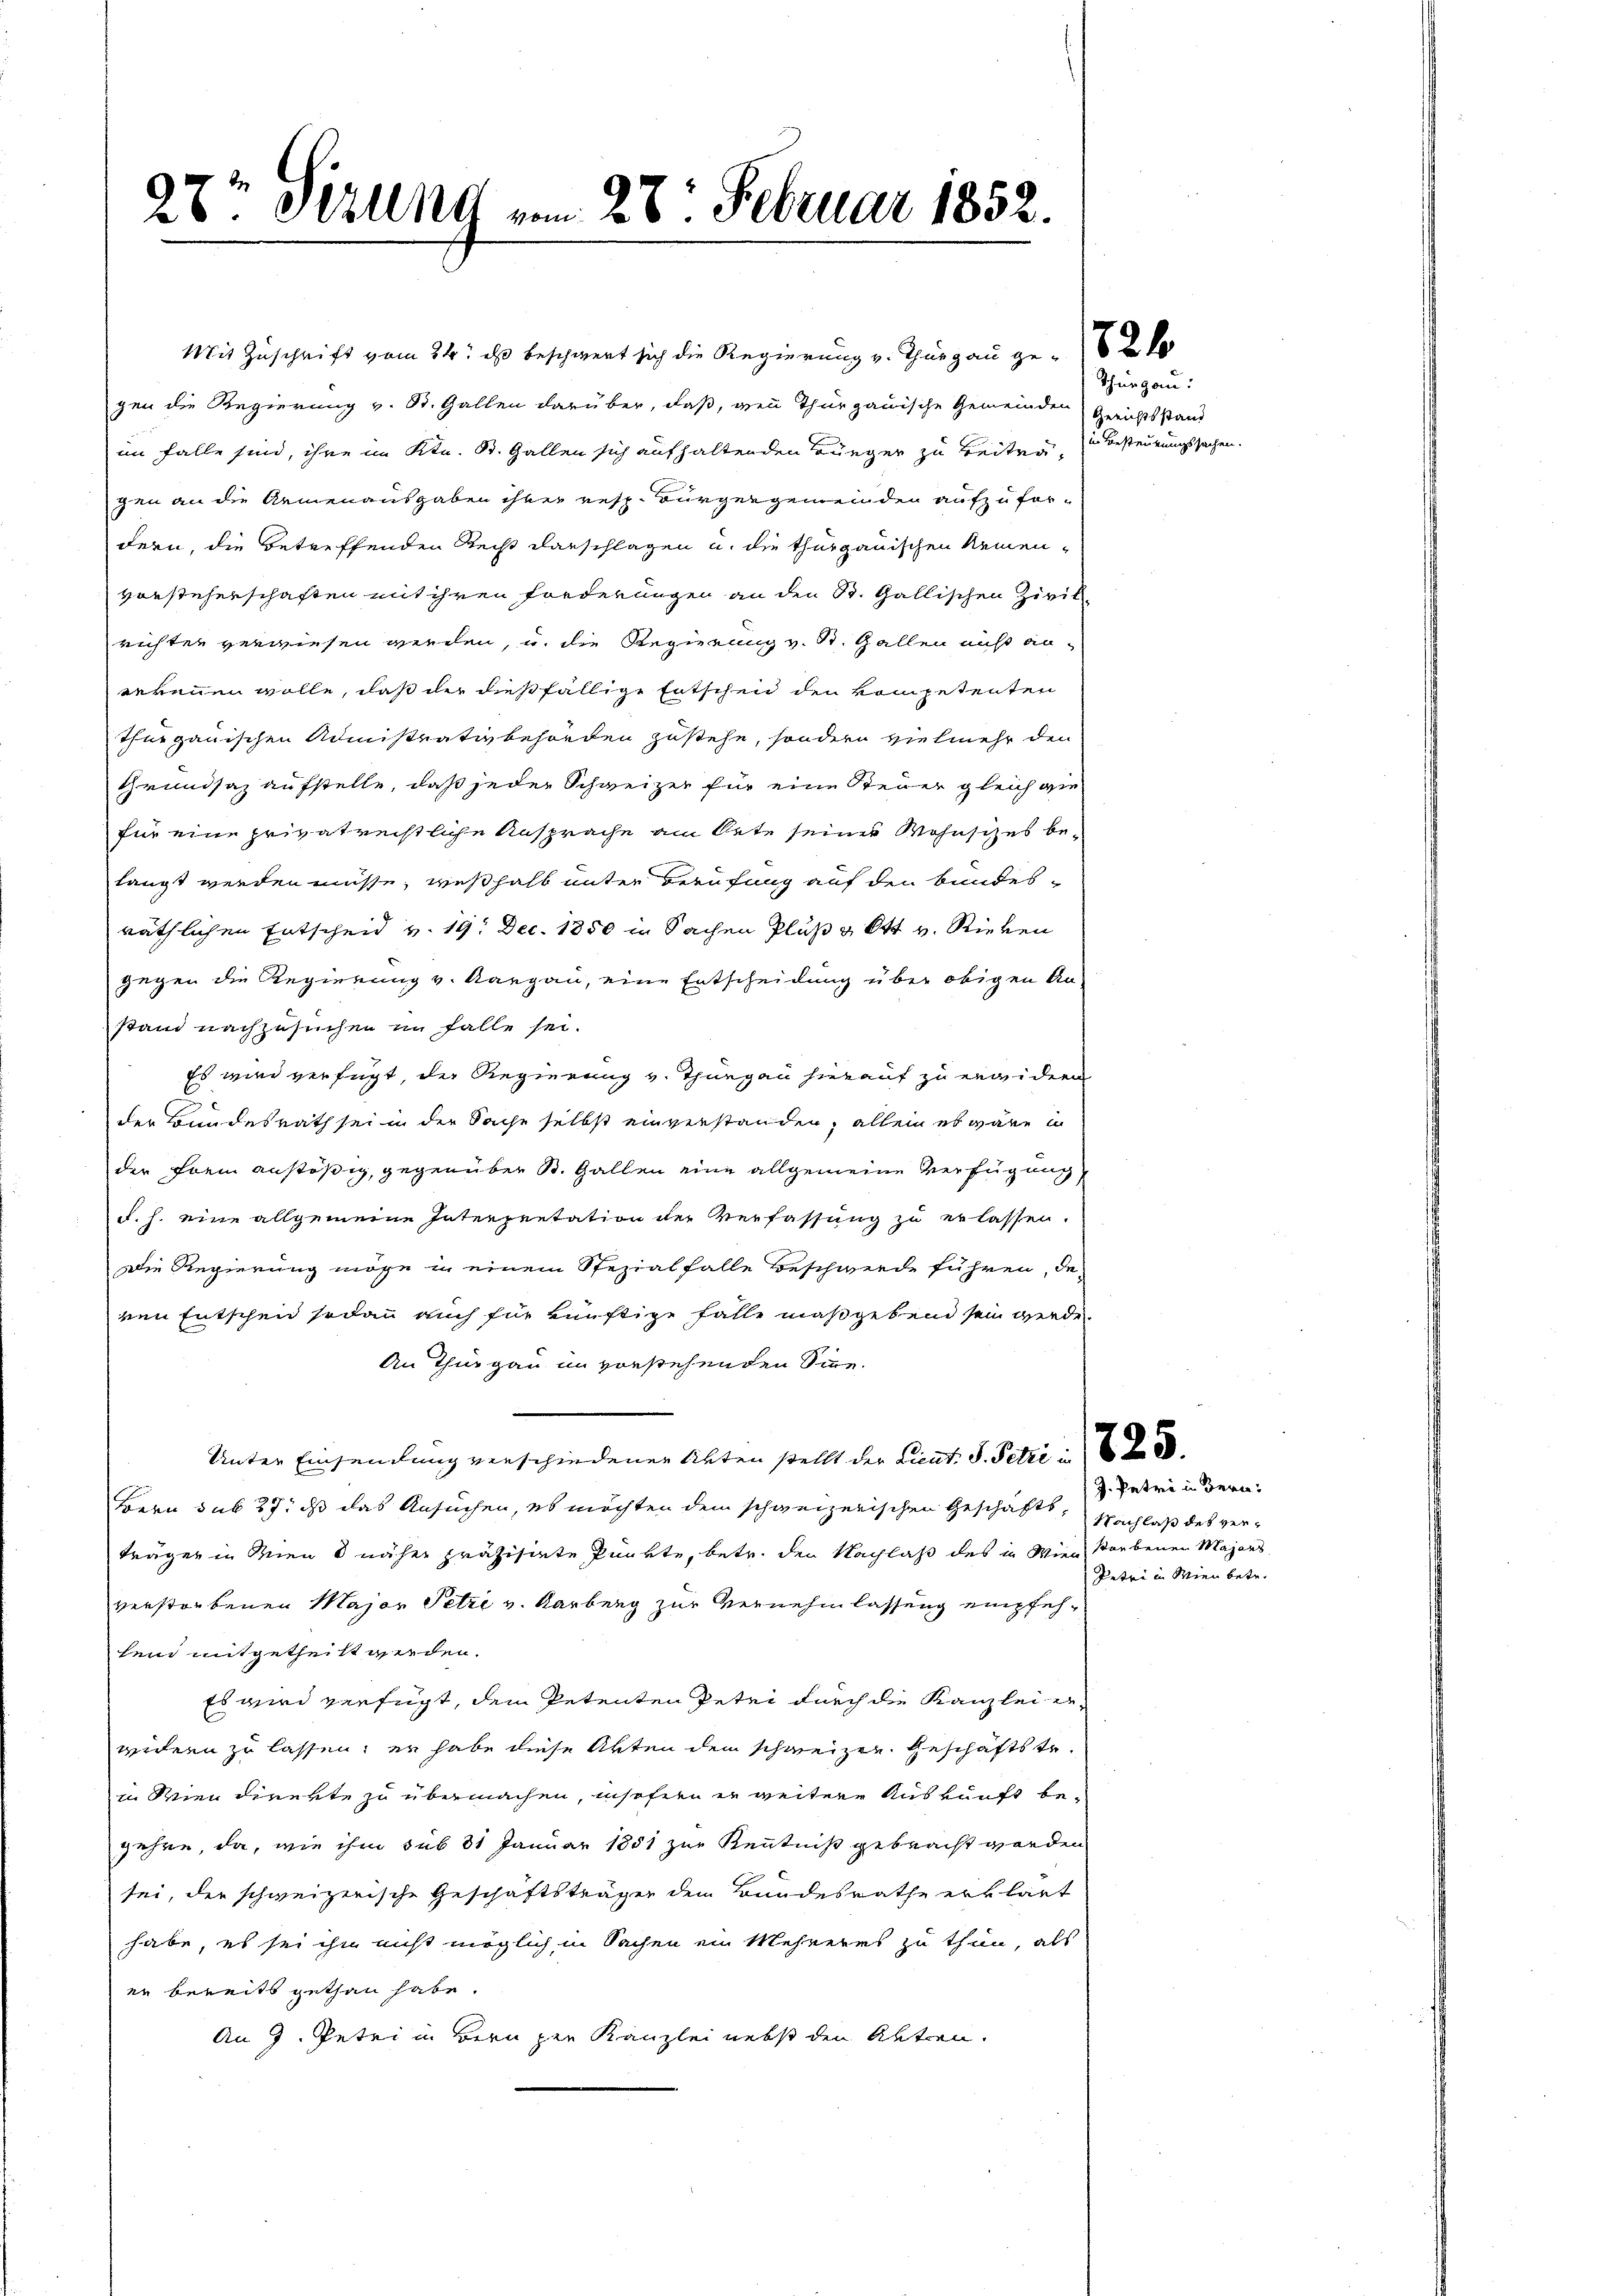
27t Stund vom 28. Februar 1852

Mit Zuschrift vom 24. ds beschwert sich die Regierung v. Thurgau ge-

gen die Regierung v. St. Gallen darüber, daß, wenn Thurgauische Gemeinden Gerichtsstand
im Falle sind, ihre im Ktn. St. Gallen sich aufhaltenden Bürger zu Beitra in Besteurungssachen
gen an die Armenausgaben ihrer resp. Bürgergemeinden aufzufordern, die betreffenden Recht darschlagen u. die thurgauischen Armen-
vorsteherschaften mit ihren Forderungen an den St. Gallischen Zivil-
richten verwiesen werden, u. die Regierung v. St. Gallen nicht anerkennen wolle, daß der dießfällige Entschen den kompetenten
Thurgauischen Admistrativbehörden zustehe, sondern vielmehr den
Grundsaz aufstelle, daß jeder Schweizer für eine Steuer gleich wie
für eine privatrechtliche Ansprache am Orte seiner Wohnsches be-
langt werden müsse, weßhalb unter Berufung auf den bundes-
räthlichen Entscheid v. 19. Dec. 1850 in Sachen Pluß & Ott v. Rieben
gegen die Regierung v. Kargau, eine Entscheidung über obigen Anstand nachzusuchen im Falle sei.
Es wird verfügt, der Regierung v. Thurgau hierauf zu erwidern
der Bundesrath sei in der Sache selbst einverstanden, allein es wäre ic
der Form anstößig, gegenüber B. Gallen eine allgemeine Verfügung
d. h. eine allgemeine Interpretation der Verfassung zu erlassen.
Die Regierung möge in einem Spezialfalle Beschwerde führen, de-
ren Entschend sodann auch für künftige Fälle maßgebend sein werde.
An Thurgau im vorstehenden Sinn.
Unter Einsendung verschiedenen Akten stellt der Lieut. S. Petri i
Bern sub 27. ds das Ansuchen, es möchten dem schweizerischen Geschäfts, Nachlaß des verträger in Wien näher präzisirte Punkte, betr. den Nachlaß des in Wien starbenen Majors
verstorbenen Major Petze v. Karburg zur Vernehmlassung empfehleid mitgetheilt werden.
Es wird verfügt, dem Petenten Peter durch die Kanzlei erwidern zu lassen, er habe diese Arten den schweizen. Geschäftstein Wien direkte zu übermachen, insofern er weitere Auskunft begehre, da, wie ihm sub 31 Januar 1851 zur Kenntniß gebracht werden
sei, der schweizerische Geschäftsträger dem Bundesrathe erklärt
habe, es sei ihn nicht möglich in Sachen ein Mehreres zu thun, als
er bereits gethan habe.
An 9. Petri in Bern zur Kanzlei nebst den Abtren¬

Thurgau:

J. Petri in Bern:
Petri in Wien betr.